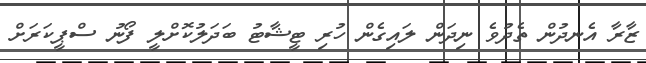
ޒާރާ އެނދުން ތެދުވެ ނިދަން ލައިގެން ހުރި ޓީޝާޓު ބަދަލުކޮށްލީ ފޯނު ސްޕީކަރަށް